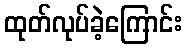
ထုတ်လုပ်ခဲ့ကြောင်း